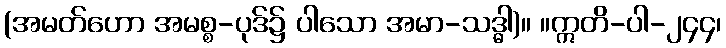
(အမတ်ဟော အမစ္စ-ပုဒ်၌ ပါသော အမာ-သဒ္ဓါ)။ ။ဣတိ-ပါ-၂၄၄၊